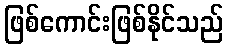
ဖြစ်ကောင်းဖြစ်နိုင်သည်